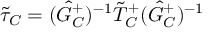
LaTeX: \tilde { \tau } _ { C } = ( \hat { G } _ { C } ^ { + } ) ^ { - 1 } \tilde { T } _ { C } ^ { + } ( \hat { G } _ { C } ^ { + } ) ^ { - 1 }